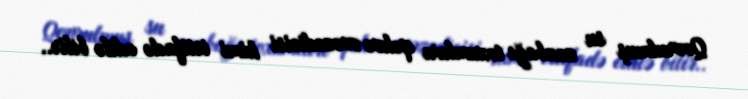
Qovrulmuş su zanbağı toxumları qəhvə əvəzedicisi kimi istifadə edilə bilir..